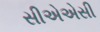
સીએએસી